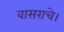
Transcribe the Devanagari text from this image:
वासराचे।